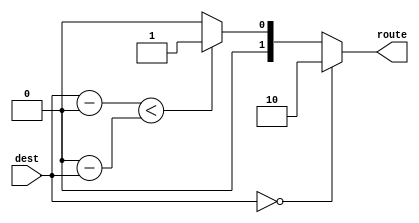
//========================================================================
// Greedy Route Compute
//========================================================================

`ifndef PLAB4_NET_GREEDY_ROUTE_COMPUTE_V
`define PLAB4_NET_GREEDY_ROUTE_COMPUTE_V

`define ROUTE_PREV  2'b00
`define ROUTE_NEXT  2'b01
`define ROUTE_TERM  2'b10

module plab4_net_GreedyRouteCompute
#(
  parameter p_router_id   = 0,
  parameter p_num_routers = 8,

  // parameter not meant to be set outside this module

  parameter c_dest_nbits = $clog2( p_num_routers )
)
(
  input [c_dest_nbits-1:0] dest,
  output reg [1:0]         route
);

  // calculate forward and backward hops

  wire [c_dest_nbits-1:0] forw_hops;
  wire [c_dest_nbits-1:0] backw_hops;

  assign forw_hops =  ( dest - p_router_id );
  assign backw_hops = ( p_router_id - dest );

  always @(*) begin
    if ( dest == p_router_id )
      route = `ROUTE_TERM;
    else if ( forw_hops < backw_hops )
      route = `ROUTE_NEXT;
    else
      route = `ROUTE_PREV;
  end

endmodule

`endif /* PLAB4_NET_GREEDY_ROUTE_COMPUTE_V */